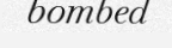
bombed